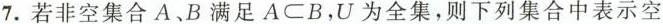
7.若非空集合A.B满足A \subset B，U为全集，则下列集合中表示空